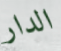
الدار